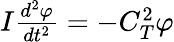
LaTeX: \begin{array}{r}{I\frac{d^{2}\varphi}{dt^{2}}=-C_{T}^{2}\varphi}\end{array}